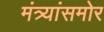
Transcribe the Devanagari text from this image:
मंत्र्यांसमोर